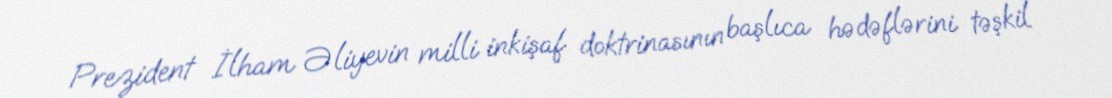
Prezident İlham Əliyevin milli inkişaf doktrinasının başlıca hədəflərini təşkil